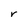
Character: r